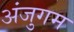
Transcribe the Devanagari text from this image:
अंजुगम